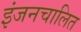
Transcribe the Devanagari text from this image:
इंजनचालित